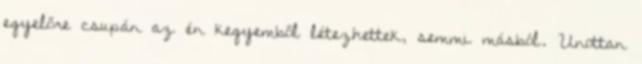
egyelőre csupán az én kegyemből létezhettek, semmi másból. Unottan